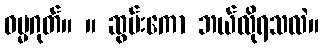
ဓမ္မဂုတ်။ ။ ဆွမ်းကော ဘယ်လိုရသလဲ။